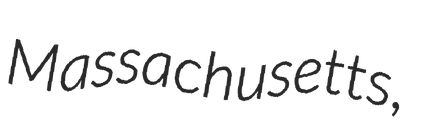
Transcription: Massachusetts,